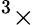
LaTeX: ^3\times